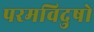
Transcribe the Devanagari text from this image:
परमविदुषो